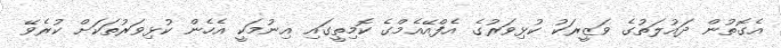
އެގޮތުން ދައުލަތުގެ ވަޒީރަކު ކުޅިވަރުގެ އެފްއޭއެމްގެ ކޮމިތީގައި އިނުމަކީ އެހެން ކުޅިވަރުތަކަށް ކުރެވޭ